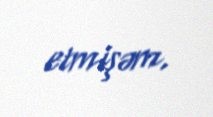
etmişəm.